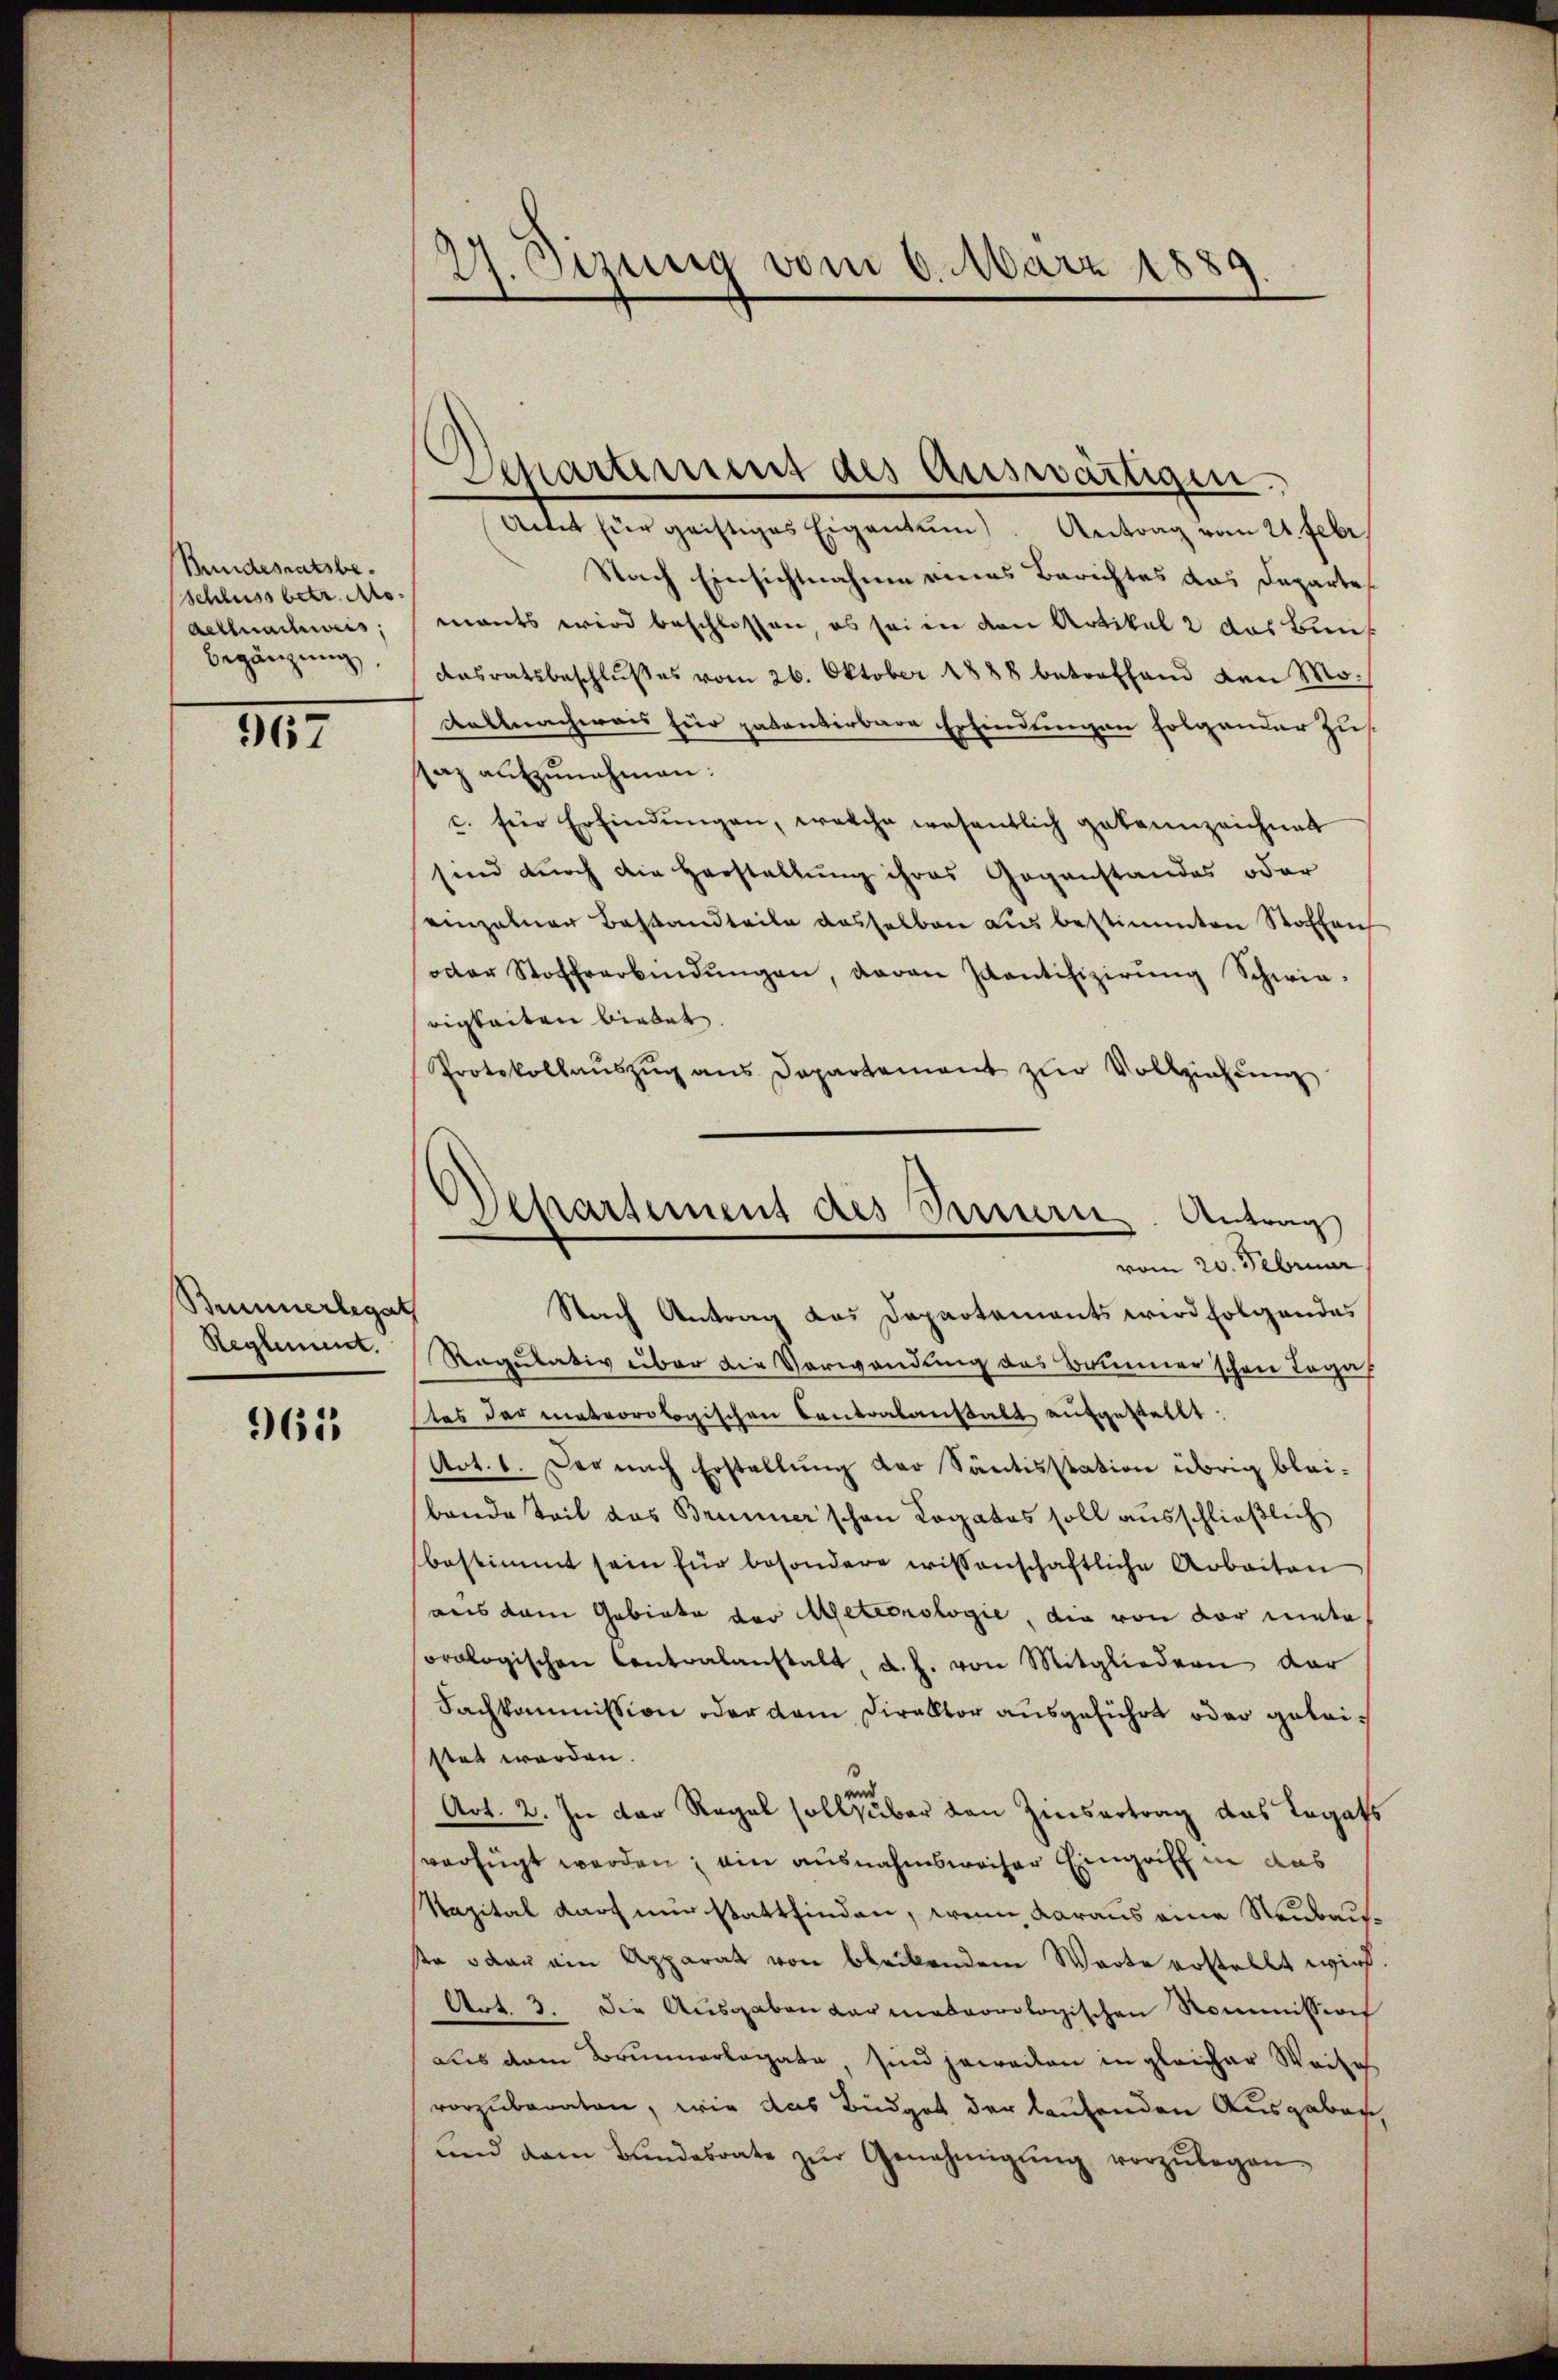
Bundesratsbe
Schluss betr. Mo¬
Aellnachweis,
Begänzung,

967

Bummerlegat
Reglement.

965

27. Setzung vom 6. März 1889.

Departement des Auswärtigen.
Amt für geistiges Eigentum). Antrag vom 24. Febr.

Nach Einsichtnahme eines Berichtes das Departe
mants wird beschlossen, es seien den Artikal 2 das Bunk
Aasratsbeschlußes vom 26. Oktober 1888 betreffend den Mo-
Kalnachweis für patentirbare Erfindungen folgender Zussaz aŭfzŭnahmen:
c. für Erfindŭngen, welche wesentlich gekannzeichnet
sind durch die Herstellung ihres Gegenstandes oder
einzelner Bestandteile dasselben aus bestimmten Stoffen
oder Stoffverbindŭngen, davon Juantifizierŭng Schwie-
rigkeiten biedet.
Protokollaŭszŭg ans Departement zŭr Vollziehung
Stach Antrag das Departements wird folgendes
Ragulativ über die Verwendung des Brunner'schen Tagas
tes der meteorologischen Contralanstalt aufgestellt.
Art. 1. Der nach Erstellung der Säntisstation übrig bleibande Teil das Brunner schon Rogatos soll ausschließlich
bestimmt sein für besondere wissenschaftliche Arbeiten
aus dem Gebiete der Meteorologie, die von der mate
orologischen Contralanstalt, d. J. von Mitgliedern dar
Sachkommission oder dem Direktor ausgeführt oder geleistet werden.
Art. 2. In der Regal soll suber den Zinsertrag das Togats
verfügt werden; ein ausnahmsweiser Eingriff in das
Kapital darf nur stattfinden, wenn daraus eine Neubause oder ein Apparat von bleibendem Worte erstellt wird.
Art. 3. Die Ausgaben darmakoorologischen Kommission
aus dem Brunnerlegate, sind jeweiten in gleicher Weise
vorzuberaten, wie das Büdget der laufenden Ausgaben,
und dem Bŭndesrate zŭr Genehmigŭng vorzŭlegen-

Departement des Bennern. Antrag
vom 20. Februar